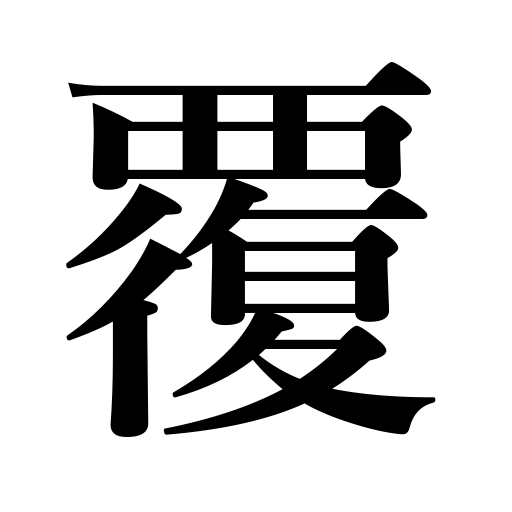
Meanings: fall,conceal,veto,overturn,disprove a theory,overlap,disguise,overthrow,capsize,wrap,screen,hang over,undermine,veil,obscure,envelop,overshadow,shelter,be ruined,shade,cover,brood over,frustrate